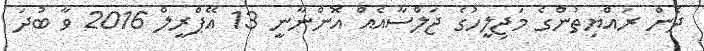
ދެން ރައްޔިތުންގެ މަޖިލީހުގެ ޖަލްސާއެއް އޮންނާނީ 13 އޭޕްރީލް 2016 ވާ ބުދަ